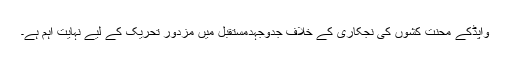
واپڈکے محنت کشوں کی نجکاری کے خلاف جدوجہدمستقبل میں مزدور تحریک کے لیے نہایت اہم ہے۔